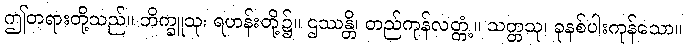
ဤတရားတို့သည်။ ဘိက္ခူသု၊ ရဟန်းတို့၌။ ဌဿန္တိ၊ တည်ကုန်လတ္တံ့။ သတ္တသု၊ ခုနစ်ပါးကုန်သော။